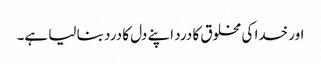
اور خدا کی مخلوق کا درد اپنے دل کا درد بنا لیا ہے۔